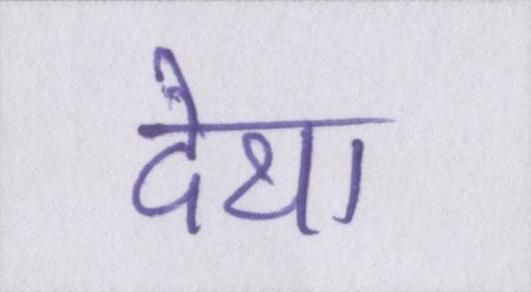
देथा